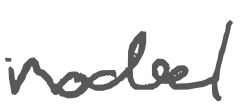
Text: model
Cross-out: clean
Writing tool: digital_gray